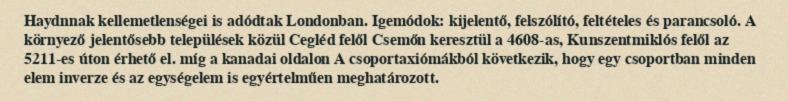
Haydnnak kellemetlenségei is adódtak Londonban. Igemódok: kijelentő, felszólító, feltételes és parancsoló. A környező jelentősebb települések közül Cegléd felől Csemőn keresztül a 4608-as, Kunszentmiklós felől az 5211-es úton érhető el. míg a kanadai oldalon A csoportaxiómákból következik, hogy egy csoportban minden elem inverze és az egységelem is egyértelműen meghatározott.